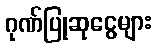
ဂုဏ်ပြုဆုငွေများ